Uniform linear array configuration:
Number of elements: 32
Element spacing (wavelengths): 0.75
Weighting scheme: blackman
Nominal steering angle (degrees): -30
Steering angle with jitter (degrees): -29.6
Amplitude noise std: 0.05
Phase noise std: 0.05

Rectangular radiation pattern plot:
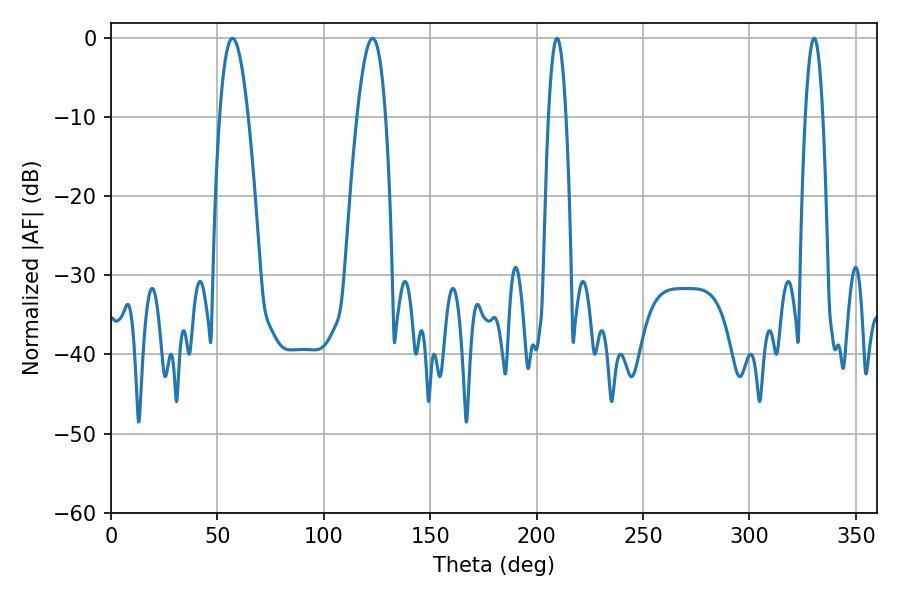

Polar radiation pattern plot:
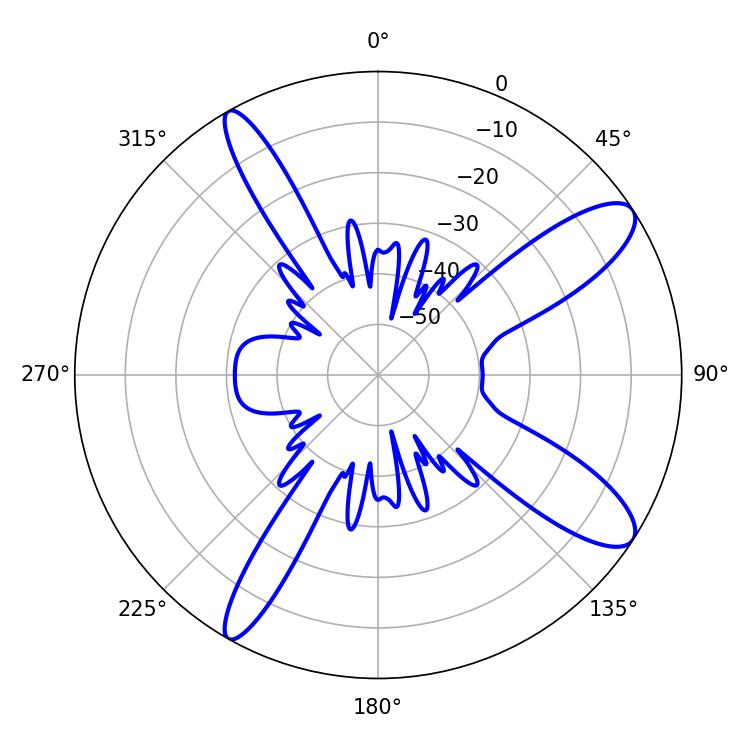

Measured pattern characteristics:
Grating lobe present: TRUE
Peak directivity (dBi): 11.289
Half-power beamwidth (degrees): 7.38
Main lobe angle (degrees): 57.06